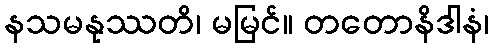
နသမနုဿတိ၊ မမြင်။ တတောနိဒါနံ၊